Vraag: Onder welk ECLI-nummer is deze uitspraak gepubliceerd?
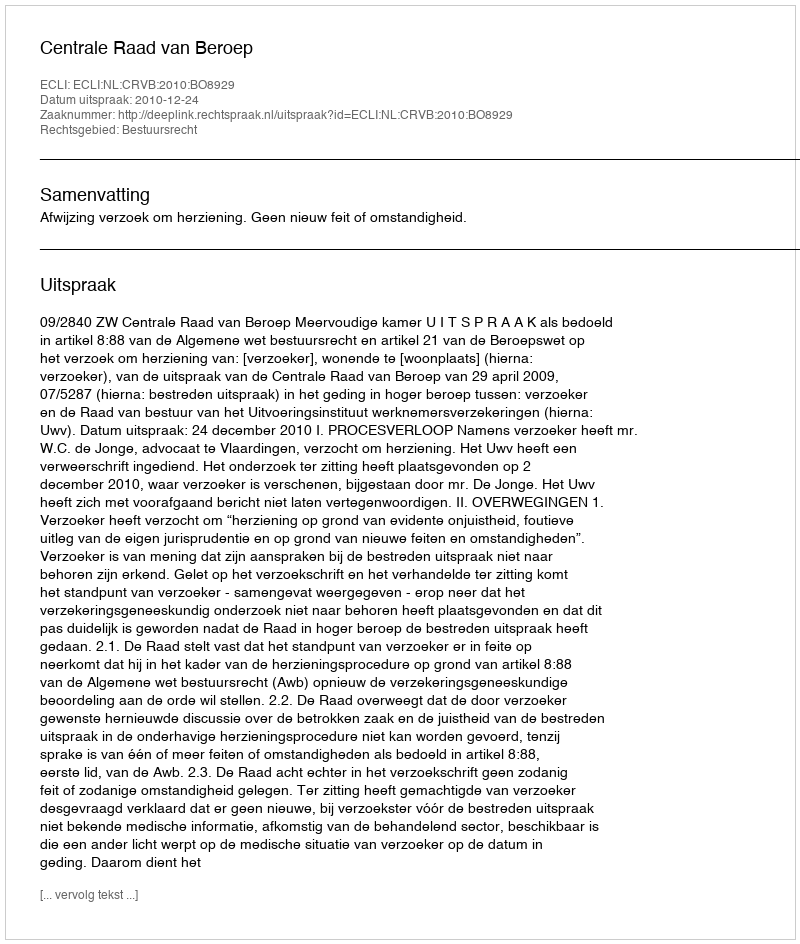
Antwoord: ECLI:NL:CRVB:2010:BO8929